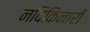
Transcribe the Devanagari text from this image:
नदिकिनारी